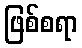
ဖြစ်စရာ